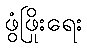
ဖွံဖြိုးရေး